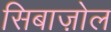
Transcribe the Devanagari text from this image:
सिबाज़ोल